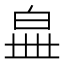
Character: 𤽧